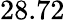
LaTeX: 28.72